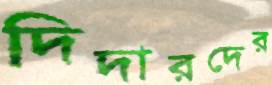
দিদারদের